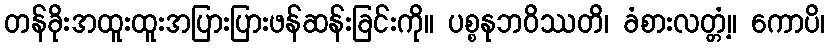
တန်ခိုးအထူးထူးအပြားပြားဖန်ဆန်းခြင်းကို။ ပစ္စနုဘဝိဿတိ၊ ခံစားလတ္တံ့။ ကောပိ၊